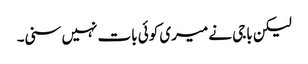
لیکن باجی نے میری کوئی بات نہیں سنی۔